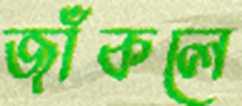
জাঁকলে